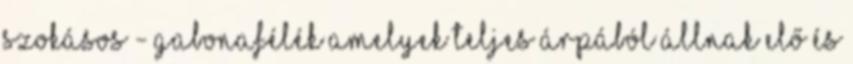
Szokásos - gabonafélék amelyek teljes árpából állnak elő és